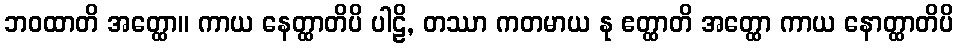
ဘဝထာတိ အတ္ထော။ ကာယ နေတ္ထာတိပိ ပါဠိ, တဿာ ကတမာယ နု ဧတ္ထာတိ အတ္ထော ကာယ နောတ္ထာတိပိ